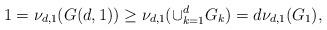
LaTeX: \begin{align*}1=\nu_{d,1}(G(d,1))\geq \nu_{d,1}(\cup_{k=1}^d G_k)=d\nu_{d,1}(G_1),\end{align*}